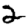
Digit: 2